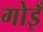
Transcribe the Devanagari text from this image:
गोइँ